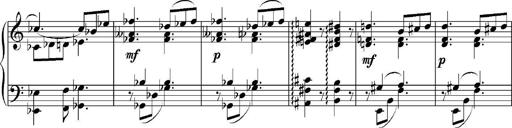
Title: Sonatina No.5
Composer: Otto Stoll
Key: F-sharp minor